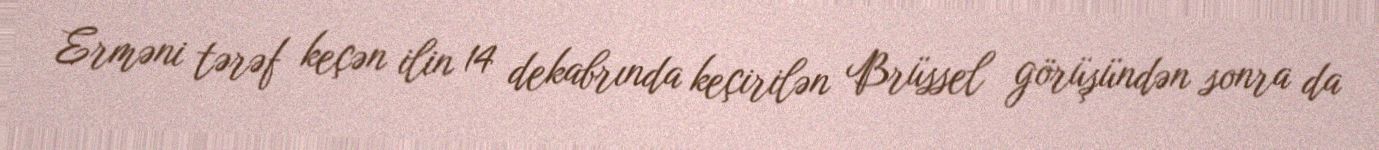
Erməni tərəf keçən ilin 14 dekabrında keçirilən Brüssel görüşündən sonra da